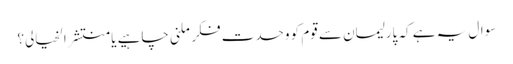
سوال یہ ہے کہ پارلیمان سے قوم کو وحدت فکر ملنی چاہیے یا منتشر الخیالی؟